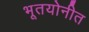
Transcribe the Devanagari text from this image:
भूतयोनीत